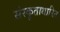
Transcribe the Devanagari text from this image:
संस्कृताधारित